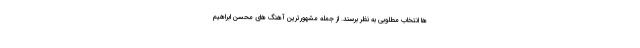
ها انتخاب مطلوبی به نظر برسند. از جمله مشهورترین آهنگ های محسن ابراهیم